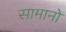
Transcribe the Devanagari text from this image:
सामानो